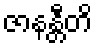
ဇာနန္တီတိ